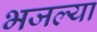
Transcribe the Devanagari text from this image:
भजल्या